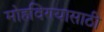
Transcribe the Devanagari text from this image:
मोहविण्यासाठी